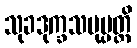
သုခဒုက္ခသမုပ္ပတ္တိ